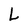
Character: L